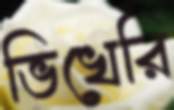
ভিখেরি